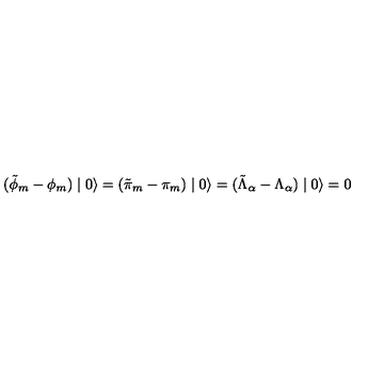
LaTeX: ( \tilde { \phi } _ { m } - \phi _ { m } ) \mid 0 \rangle = ( \tilde { \pi } _ { m } - \pi _ { m } ) \mid 0 \rangle = ( \tilde { \Lambda } _ { \alpha } - \Lambda _ { \alpha } ) \mid 0 \rangle = 0